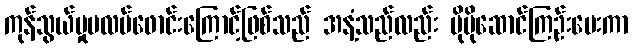
ကုန်သွယ်မှုပလပ်ဖောင်းကြောင့်ဖြစ်သည် အနံ့သည်လည်း ပိုမိုဆောင်ကြဉ်းပေးကာ